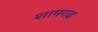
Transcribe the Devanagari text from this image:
शामगढ़